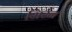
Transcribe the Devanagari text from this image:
सिर्रन